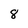
Character: 8